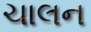
ચાલન